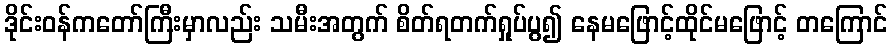
ဒိုင်းဝန်ကတော်ကြီးမှာလည်း သမီးအတွက် စိတ်ရတက်ရှုပ်ပွ၍ နေမဖြောင့်ထိုင်မဖြောင့် တကြောင်